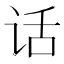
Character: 话